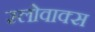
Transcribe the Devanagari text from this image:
स्लोवाक्स